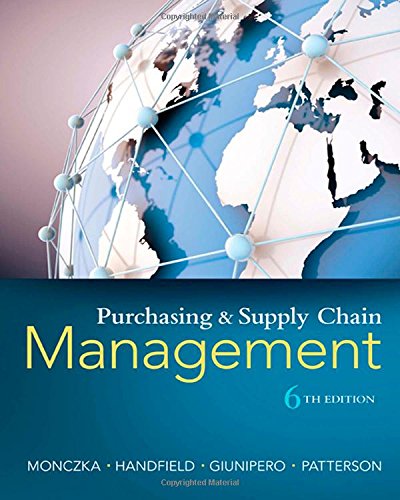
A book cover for Purchasing and Supply Chain Management; Robert M. Monczka; Business & Money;